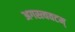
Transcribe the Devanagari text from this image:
अगस्त्यवटम्